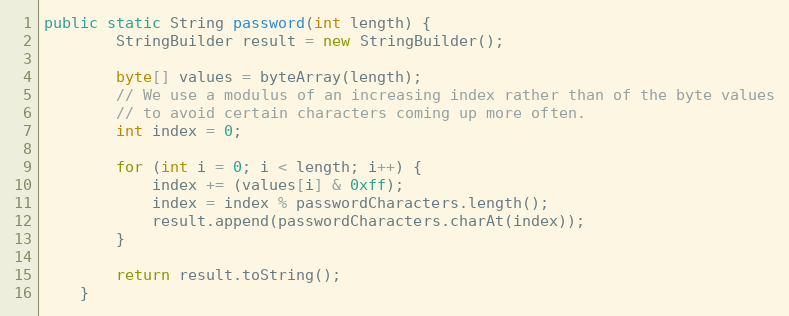
Language: Java
public static String password(int length) {
        StringBuilder result = new StringBuilder();

        byte[] values = byteArray(length);
        // We use a modulus of an increasing index rather than of the byte values
        // to avoid certain characters coming up more often.
        int index = 0;

        for (int i = 0; i < length; i++) {
            index += (values[i] & 0xff);
            index = index % passwordCharacters.length();
            result.append(passwordCharacters.charAt(index));
        }

        return result.toString();
    }